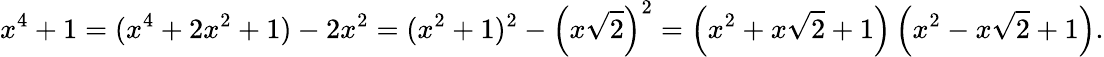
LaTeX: x^{4}+1=(x^{4}+2x^{2}+1)-2x^{2}=(x^{2}+1)^{2}-\left(x{\sqrt{2}}\right)^{2}=\left(x^{2}+x{\sqrt{2}}+1\right)\left(x^{2}-x{\sqrt{2}}+1\right).